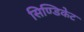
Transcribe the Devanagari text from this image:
सिण्डिकेट